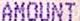
AMOUNT